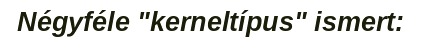
Négyféle "kerneltípus" ismert: